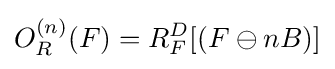
O_{R}^{(n)}(F)=R_{F}^{D}[(F\ominus nB)]